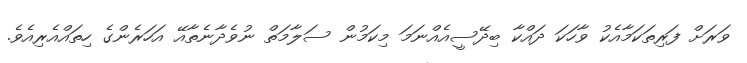
ވަރަށް ފަރިތަކަމާއެކު ވާހަކަ ދައްކާ ބިދޭސީއެއްނަމަ މިކަމުން ސަލާމަތް ނުވެދާނެތާއޭ އަހަރެންގެ ހިތައްއެރިއެވެ.